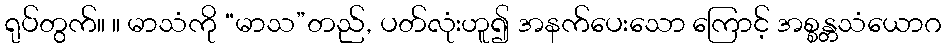
ရုပ်တွက်။ ။ မာသံကို “မာသ”တည်, ပတ်လုံးဟူ၍ အနက်ပေးသော ကြောင့် အစ္စန္တသံယောဂ